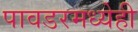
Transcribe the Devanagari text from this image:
पावडरमध्येही